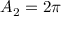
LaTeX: A _ { 2 } = 2 \pi